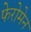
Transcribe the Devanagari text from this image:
फेरोमेन